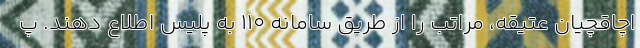
اچاقچیان عتیقه، مراتب را از طریق سامانه ۱۱۰ به پلیس اطلاع دهند. پ